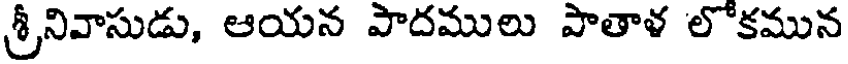
శ్రీనివాసుడు, ఆయన పాదములు పాతాళ లోకమున